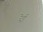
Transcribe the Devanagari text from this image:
रेई